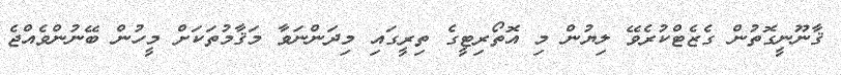
ޤާނޫނީގޮތުން ގެޒެޓްކުރެވޭ ލިޔުން މި އޮތޯރިޓީގެ ތިރީގައި މިދަންނަވާ މަޤާމުތަކަށް މީހުން ބޭނުންވެއްޖެ